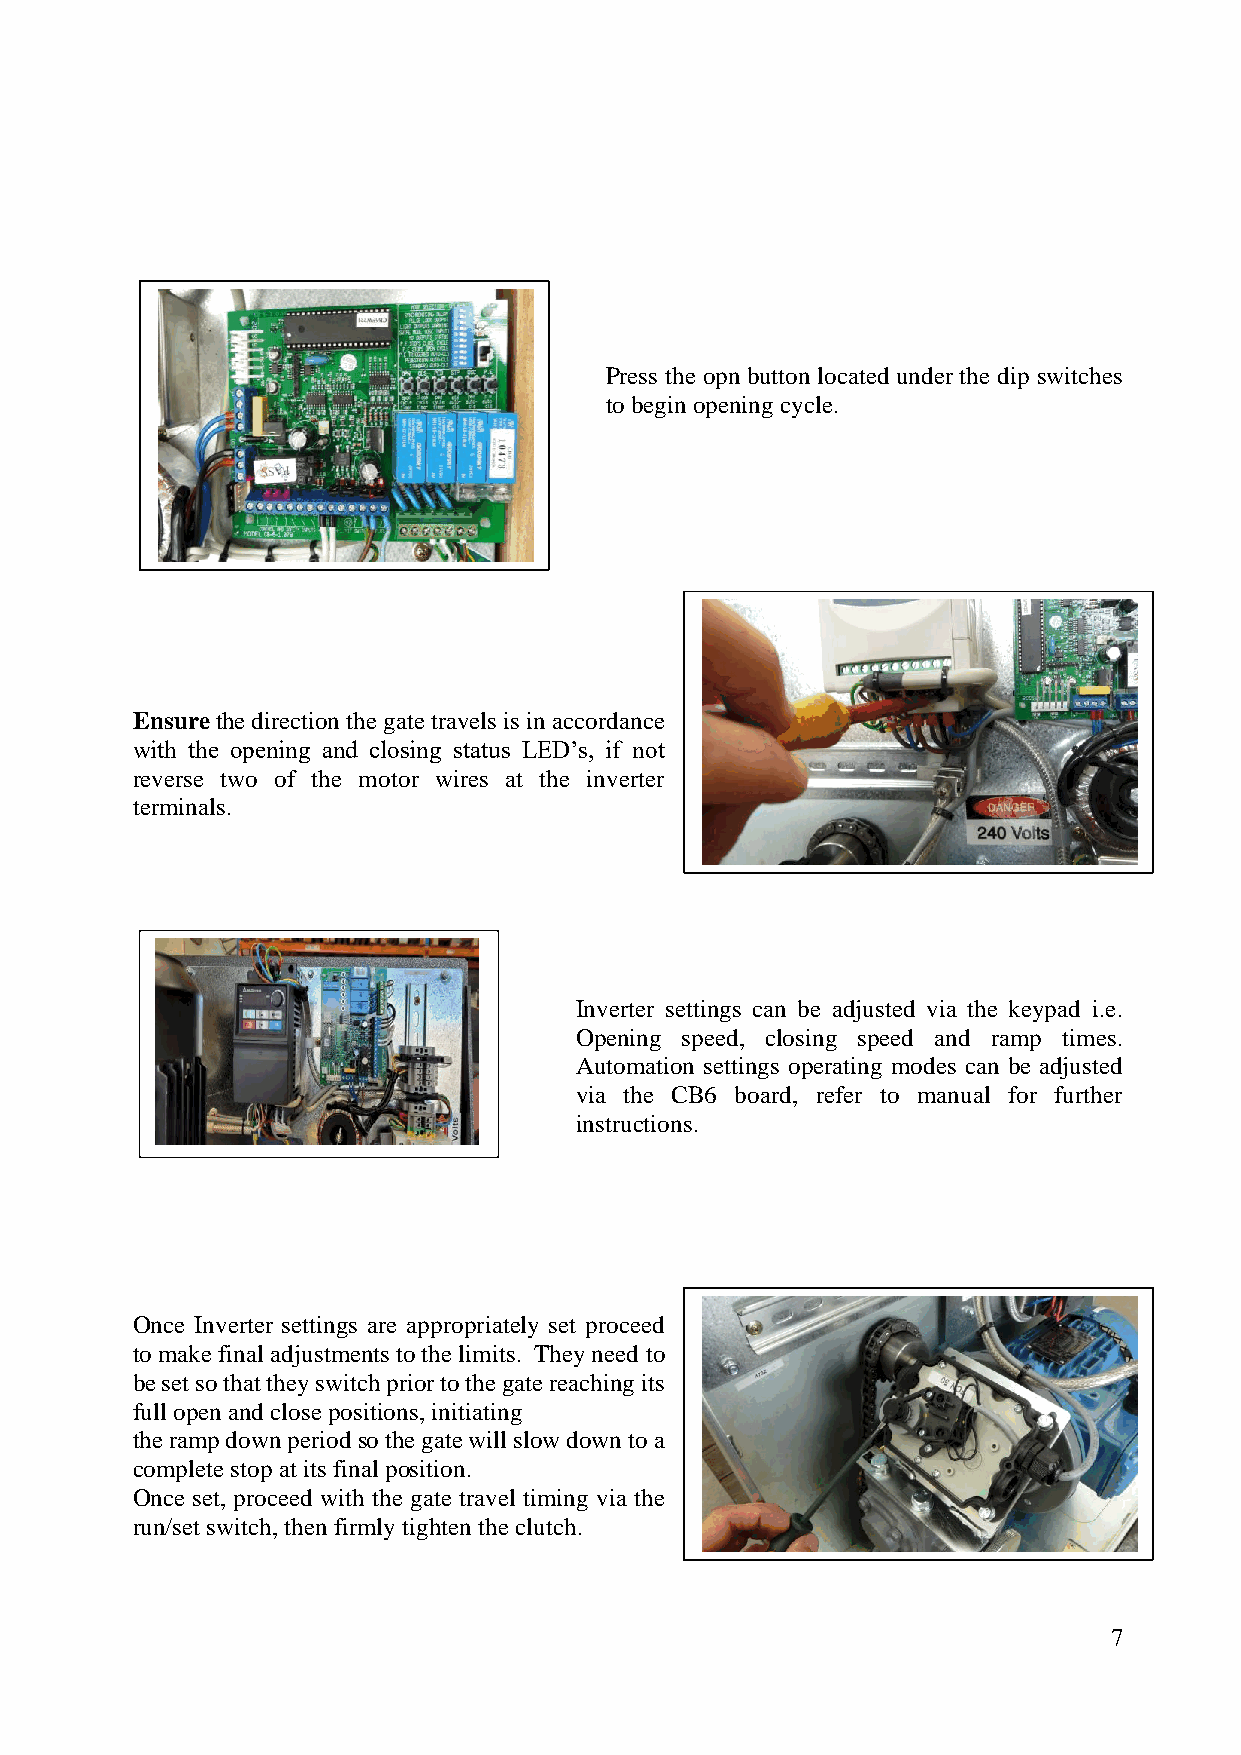
Press the opn button located under the dip switches
 to begin opening cycle.
 Ensure the direction the gate travels is in accordance
 with the opening and closing status LED’s, if not
 reverse two of the motor wires at the inverter
 terminals.
 Inverter settings can be adjusted via the keypad i.e.
 Opening speed, closing speed and ramp times.
 Automation settings operating modes can be adjusted
 via the CB6 board, refer to manual for further
 instructions.
 Once Inverter settings are appropriately set proceed
 to make final adjustments to the limits. They need to
 be set so that they switch prior to the gate reaching its
 full open and close positions, initiating
 the ramp down period so the gate will slow down to a
 complete stop at its final position.
 Once set, proceed with the gate travel timing via the
 run/set switch, then firmly tighten the clutch.
 7